Plague in India, 1896, 1897 - Volume 1
Year: 1896
Disease focus: Plague
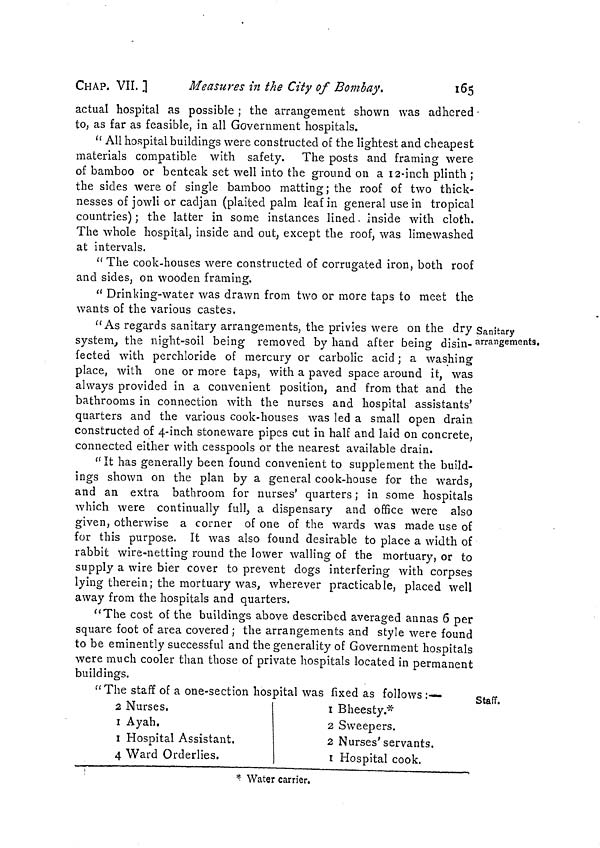
CHAP. VII.]
Measures in the City of Bombay.
165
actual hospital as possible ; the arrangement shown was adhered
to, as far as feasible, in all Government hospitals.
"All hospital buildings were constructed of the lightest and cheapest
materials compatible with safety. The posts and framing were
of bamboo or benteak set well into the ground on a 12-inch plinth ;
the sides were of single bamboo matting ; the roof of two thick-
nesses of jowli or cadjan (plaited palm leaf in general use in tropical
countries) ; the latter in some instances lined. inside with cloth.
The whole hospital, inside and out, except the roof, was limewashed
at intervals.
" The cook-houses were constructed of corrugated iron, both roof
and sides, on wooden framing.
" Drinking-water was drawn from two or more taps to meet the
wants of the various castes.
Sanitary
arrangements.
" As regards sanitary arrangements, the privies were on the dry ;
system, the night-soil being removed by hand after being disin-
fected with perchloride of mercury or carbolic acid ; a washing
place, with one or more taps, with a paved space around it, was
always provided in a convenient position, and from that and the
bathrooms in connection with the nurses and hospital assistants'
quarters and the various cook-houses was led a small open drain
constructed of 4-inch stoneware pipes cut in half and laid on concrete,
connected either with cesspools or the nearest available drain.
"It has generally been found convenient to supplement the build-
ings shown on the plan by a general cook-house for the wards,
and an extra bathroom for nurses' quarters ; in some hospitals
which were continually full, a dispensary and office were also
given, otherwise a corner of one of the wards was made use of
for this purpose. It was also found desirable to place a width of
rabbit wire-netting round the lower walling of the mortuary, or to
supply a wire bier cover to prevent dogs interfering with corpses
lying therein; the mortuary was, wherever practicable, placed well
away from the hospitals and quarters.
"The cost of the buildings above described averaged annas 6 per
square foot of area covered ; the arrangements and style were found
to be eminently successful and the generality of Government hospitals
were much cooler than those of private hospitals located in permanent
buildings.
Staff.
"The staff of a one-section hospital was fixed as follows :—
2 Nurses,
1 Ayah.
1 Hospital Assistant.
4 Ward Orderlies.
1 Bheesty.*
2 Sweepers.
2 Nurses' servants.
1 Hospital cook.
* Water carrier.